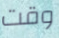
وقت